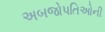
અબજોપતિઓની